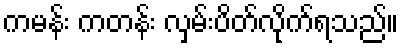
ကမန်း ကတန်း လှမ်းပိတ်လိုက်ရသည်။